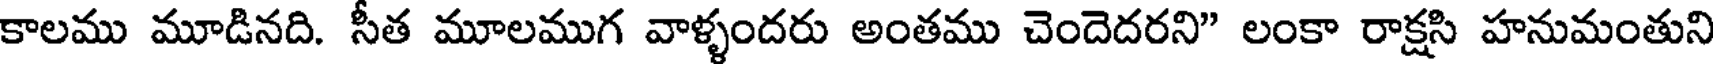
కాలము మూడినది. సీత మూలముగ వాళ్ళందరు అంతము చెందెదరని" లంకా రాక్షసి హనుమంతుని